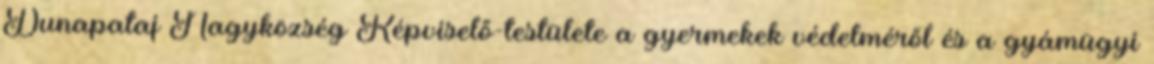
Dunapataj Nagyközség Képviselő-testülete a gyermekek védelméről és a gyámügyi